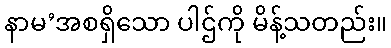
နာမ’အစရှိသော ပါဌ်ကို မိန့်သတည်း။